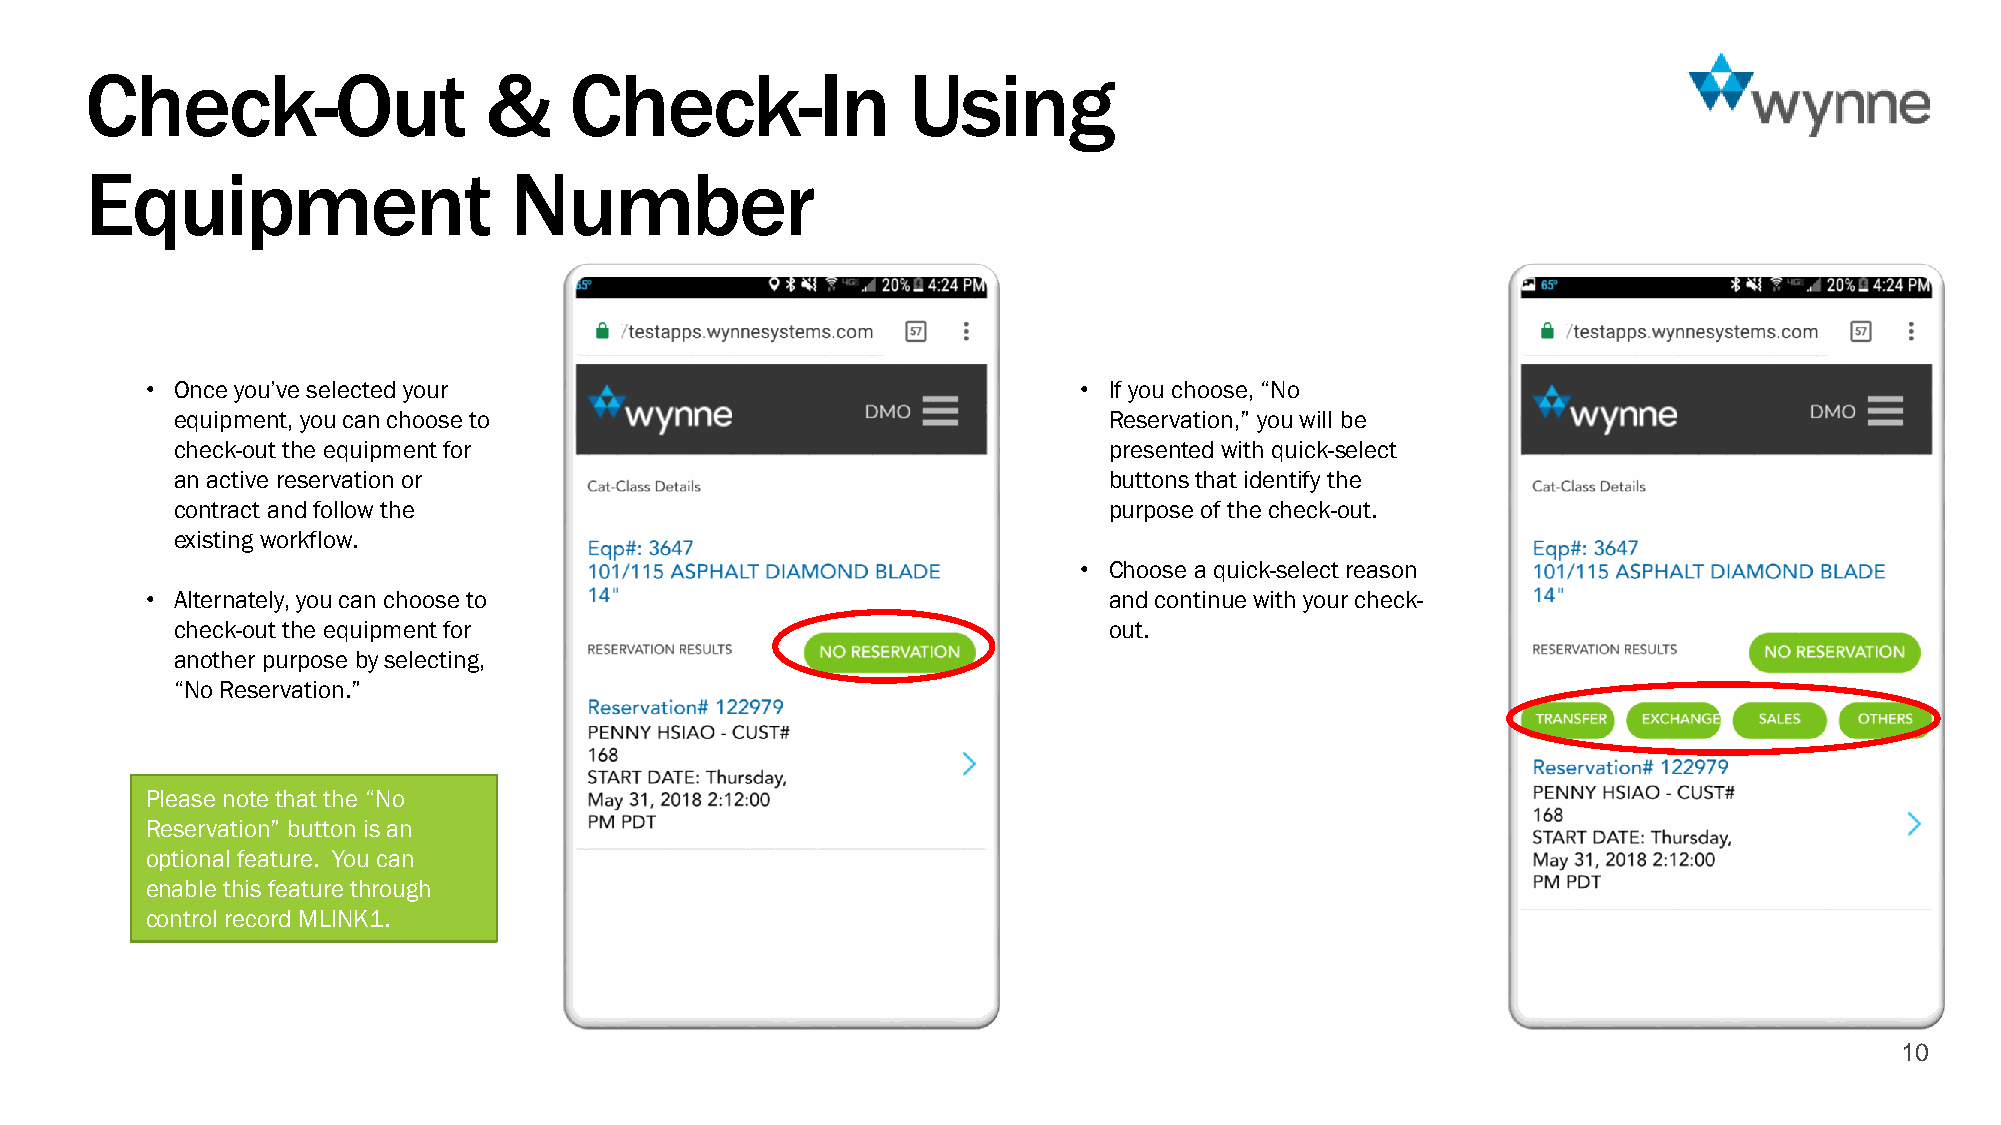
Check-Out                 &     Check-In              Using
 Equipment                   Number
 • Once you’ve selected your                                   • If you choose, “No
 equipment, you can choose to                                 Reservation,” you will be
 check-out the equipment for                                  presented with quick-select
 an active reservation or                                     buttons that identify the
 contract and follow the                                      purpose of the check-out.
 existing workflow.
 • Choose a quick-select reason
 • Alternately, you can choose to                               and continue with your check-
 check-out the equipment for                                  out.
 another purpose by selecting,
 “No Reservation.”
 Please note that the “No
 Reservation” button is an
 optional feature. You can
 enable this feature through
 control record MLINK1.
 10